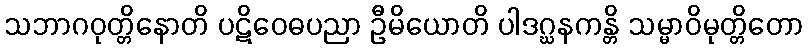
သဘာဂဝုတ္တိနောတိ ပဋိဝေဓပညာ ဦမိယောတိ ပါဒဂ္ဃနကန္တိ သမ္မာဝိမုတ္တိတော